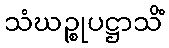
သံဃဉ္စုပဋ္ဌာသိံ